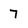
Character: 7